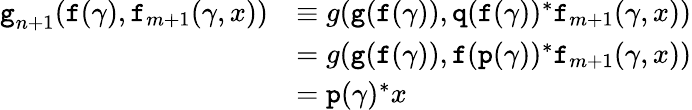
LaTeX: \begin{array}{rl}{\textnormal{\texttt{g}}_{n+1}(\textnormal{\texttt{f}}(\gamma),\textnormal{\texttt{f}}_{m+1}(\gamma,x))}&{\equiv g(\textnormal{\texttt{g}}(\textnormal{\texttt{f}}(\gamma)),\textnormal{\texttt{q}}(\textnormal{\texttt{f}}(\gamma))^{*}\textnormal{\texttt{f}}_{m+1}(\gamma,x))}\\ &{=g(\textnormal{\texttt{g}}(\textnormal{\texttt{f}}(\gamma)),\textnormal{\texttt{f}}(\textnormal{\texttt{p}}(\gamma))^{*}\textnormal{\texttt{f}}_{m+1}(\gamma,x))}\\ &{=\textnormal{\texttt{p}}(\gamma)^{*}x}\end{array}